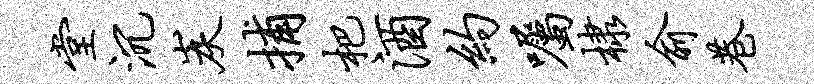
堂沉炭捕杷酒约嘱棣俞巷